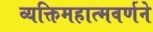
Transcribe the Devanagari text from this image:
व्यक्तिमहात्मवर्णने